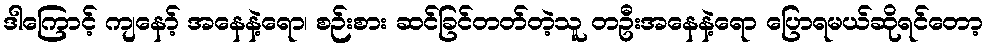
ဒါကြောင့် ကျနော့် အနေနဲ့ရော၊ စဉ်းစား ဆင်ခြင်တတ်တဲ့သူ တဦးအနေနဲ့ရော ပြောရမယ်ဆိုရင်တော့